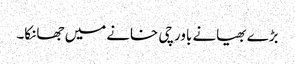
بڑے بھیانے باورچی خانے میں جھانکا۔